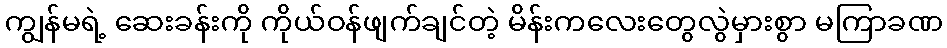
ကျွန်မရဲ့ ဆေးခန်းကို ကိုယ်ဝန်ဖျက်ချင်တဲ့ မိန်းကလေးတွေလွဲမှားစွာ မကြာခဏ